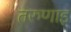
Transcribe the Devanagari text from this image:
तरुणाइ